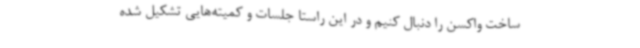
ساخت واکسن را دنبال کنیم و در این راستا جلسات و کمیته‌هایی تشکیل شده